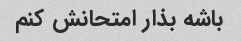
باشه بذار امتحانش کنم